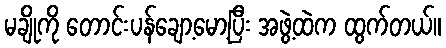
မချိုကို တောင်းပန်ချော့မော့ပြီး အဖွဲ့ထဲက ထွက်တယ်။